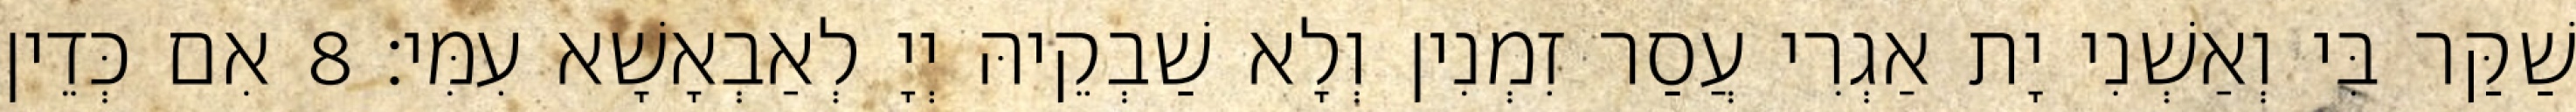
שַׁקַּר בִּי וְאַשְׁנִי יָת אַגְרִי עֲסַר זִמְנִין וְלָא שַׁבְקֵיהּ יְיָ לְאַבְאָשָׁא עִמִּי׃ 8 אִם כְּדֵין